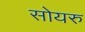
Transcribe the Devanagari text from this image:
सोयरु